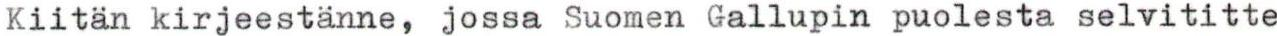
Kiitän kirjeestänne, jossa Suomen Gallupin puolesta selvititte